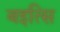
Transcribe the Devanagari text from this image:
बइत्सि